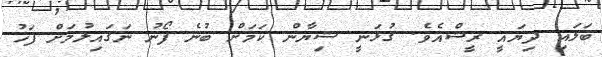
ބަލައި ދިޔައީ ރީޝްއެވެ. ގުޅަނީ ޝިޔާން ކަމަށް ބުނެ ފޯނު ނަގައިލުމަށް ފަހު